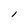
Character: l